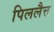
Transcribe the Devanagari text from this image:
पिललैत्त